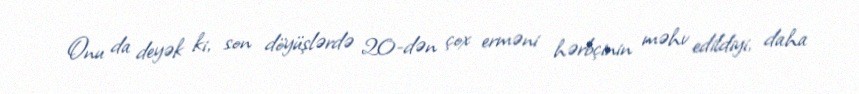
Onu da deyək ki, son döyüşlərdə 20-dən çox erməni hərbçinin məhv edildiyi, daha